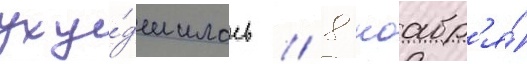
уху́дшилась // 8 ноабр'я́